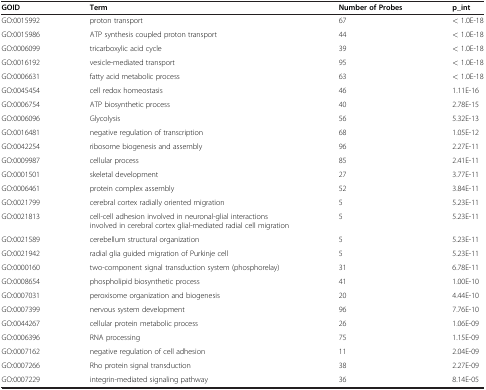
| GOID | Term | Number of Probes | p_int |
 | --- | --- | --- | --- |
 | GO:0015992 | proton transport | 67 | < 1.0E-18 |
 | GO:0015986 | ATP synthesis coupled proton transport | 44 | < 1.0E-18 |
 | GO:0006099 | tricarboxylic acid cycle | 39 | < 1.0E-18 |
 | GO:0016192 | vesicle-mediated transport | 95 | < 1.0E-18 |
 | GO:0006631 | fatty acid metabolic process | 63 | < 1.0E-18 |
 | GO:0045454 | cell redox homeostasis | 46 | 1.11E-16 |
 | GO:0006754 | ATP biosynthetic process | 40 | 2.78E-15 |
 | GO:0006096 | Glycolysis | 56 | 5.32E-13 |
 | GO:0016481 | negative regulation of transcription | 68 | 1.05E-12 |
 | GO:0042254 | ribosome biogenesis and assembly | 96 | 2.27E-11 |
 | GO:0009987 | cellular process | 85 | 2.41E-11 |
 | GO:0001501 | skeletal development | 27 | 3.77E-11 |
 | GO:0006461 | protein complex assembly | 52 | 3.84E-11 |
 | GO:0021799 | cerebral cortex radially oriented migration | 5 | 5.23E-11 |
 | GO:0021813 | cell-cell adhesion involved in neuronal-glial interactions involved in cerebral cortex glial-mediated radial cell migration | 5 | 5.23E-11 |
 | GO:0021589 | cerebellum structural organization | 5 | 5.23E-11 |
 | GO:0021942 | radial glia guided migration of Purkinje cell | 5 | 5.23E-11 |
 | GO:0000160 | two-component signal transduction system (phosphorelay) | 31 | 6.78E-11 |
 | GO:0008654 | phospholipid biosynthetic process | 41 | 1.00E-10 |
 | GO:0007031 | peroxisome organization and biogenesis | 20 | 4.44E-10 |
 | GO:0007399 | nervous system development | 96 | 7.76E-10 |
 | GO:0044267 | cellular protein metabolic process | 26 | 1.06E-09 |
 | GO:0006396 | RNA processing | 75 | 1.15E-09 |
 | GO:0007162 | negative regulation of cell adhesion | 11 | 2.04E-09 |
 | GO:0007266 | Rho protein signal transduction | 38 | 2.27E-09 |
 | GO:0007229 | integrin-mediated signaling pathway | 36 | 8.14E-05 |